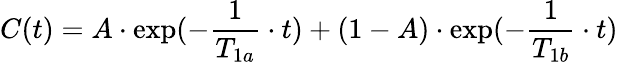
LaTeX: C(t)=A\cdot\exp(-\frac{1}{T_{1a}}\cdot t)+(1-A)\cdot\exp(-\frac{1}{T_{1b}}\cdot t)